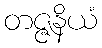
တဇ္ဇနိယံ